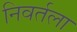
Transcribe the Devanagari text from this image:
निवर्तला